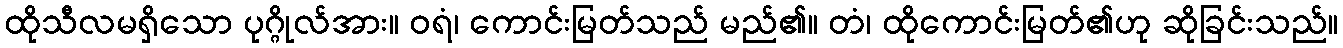
ထိုသီလမရှိသော ပုဂ္ဂိုလ်အား။ ဝရံ၊ ကောင်းမြတ်သည် မည်၏။ တံ၊ ထိုကောင်းမြတ်၏ဟု ဆိုခြင်းသည်။